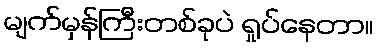
မျက်မှန်ကြီးတစ်ခုပဲ ရှုပ်နေတာ။